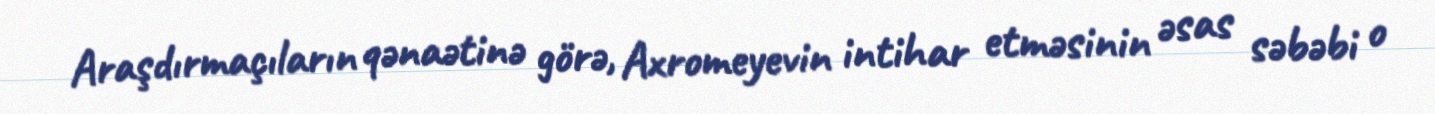
Araşdırmaçıların qənaətinə görə, Axromeyevin intihar etməsinin əsas səbəbi o